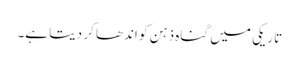
تاریکی میں گناہ ذہن کو اندھا کر دیتا ہے۔